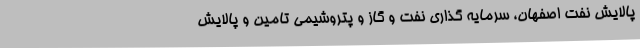
پالایش نفت اصفهان، سرمایه گذاری نفت و گاز و پتروشیمی تامین و پالایش